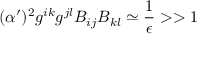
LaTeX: ( \alpha ^ { \prime } ) ^ { 2 } g ^ { i k } g ^ { j l } B _ { i j } B _ { k l } \simeq { \frac { 1 } { \epsilon } } > > 1